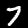
Label: 7